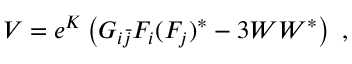
V = e ^ { K } \left( G _ { i { \bar { j } } } F _ { i } ( F _ { j } ) ^ { * } - 3 W W ^ { * } \right) ~ ,